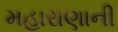
મહારાણાની